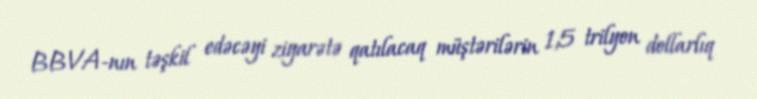
BBVA-nın təşkil edəcəyi ziyarətə qatılacaq müştərilərin 1,5 trilyon dollarlıq